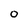
Character: O